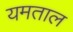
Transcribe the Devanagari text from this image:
यमताल